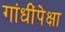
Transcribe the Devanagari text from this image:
गांधींपेक्षा